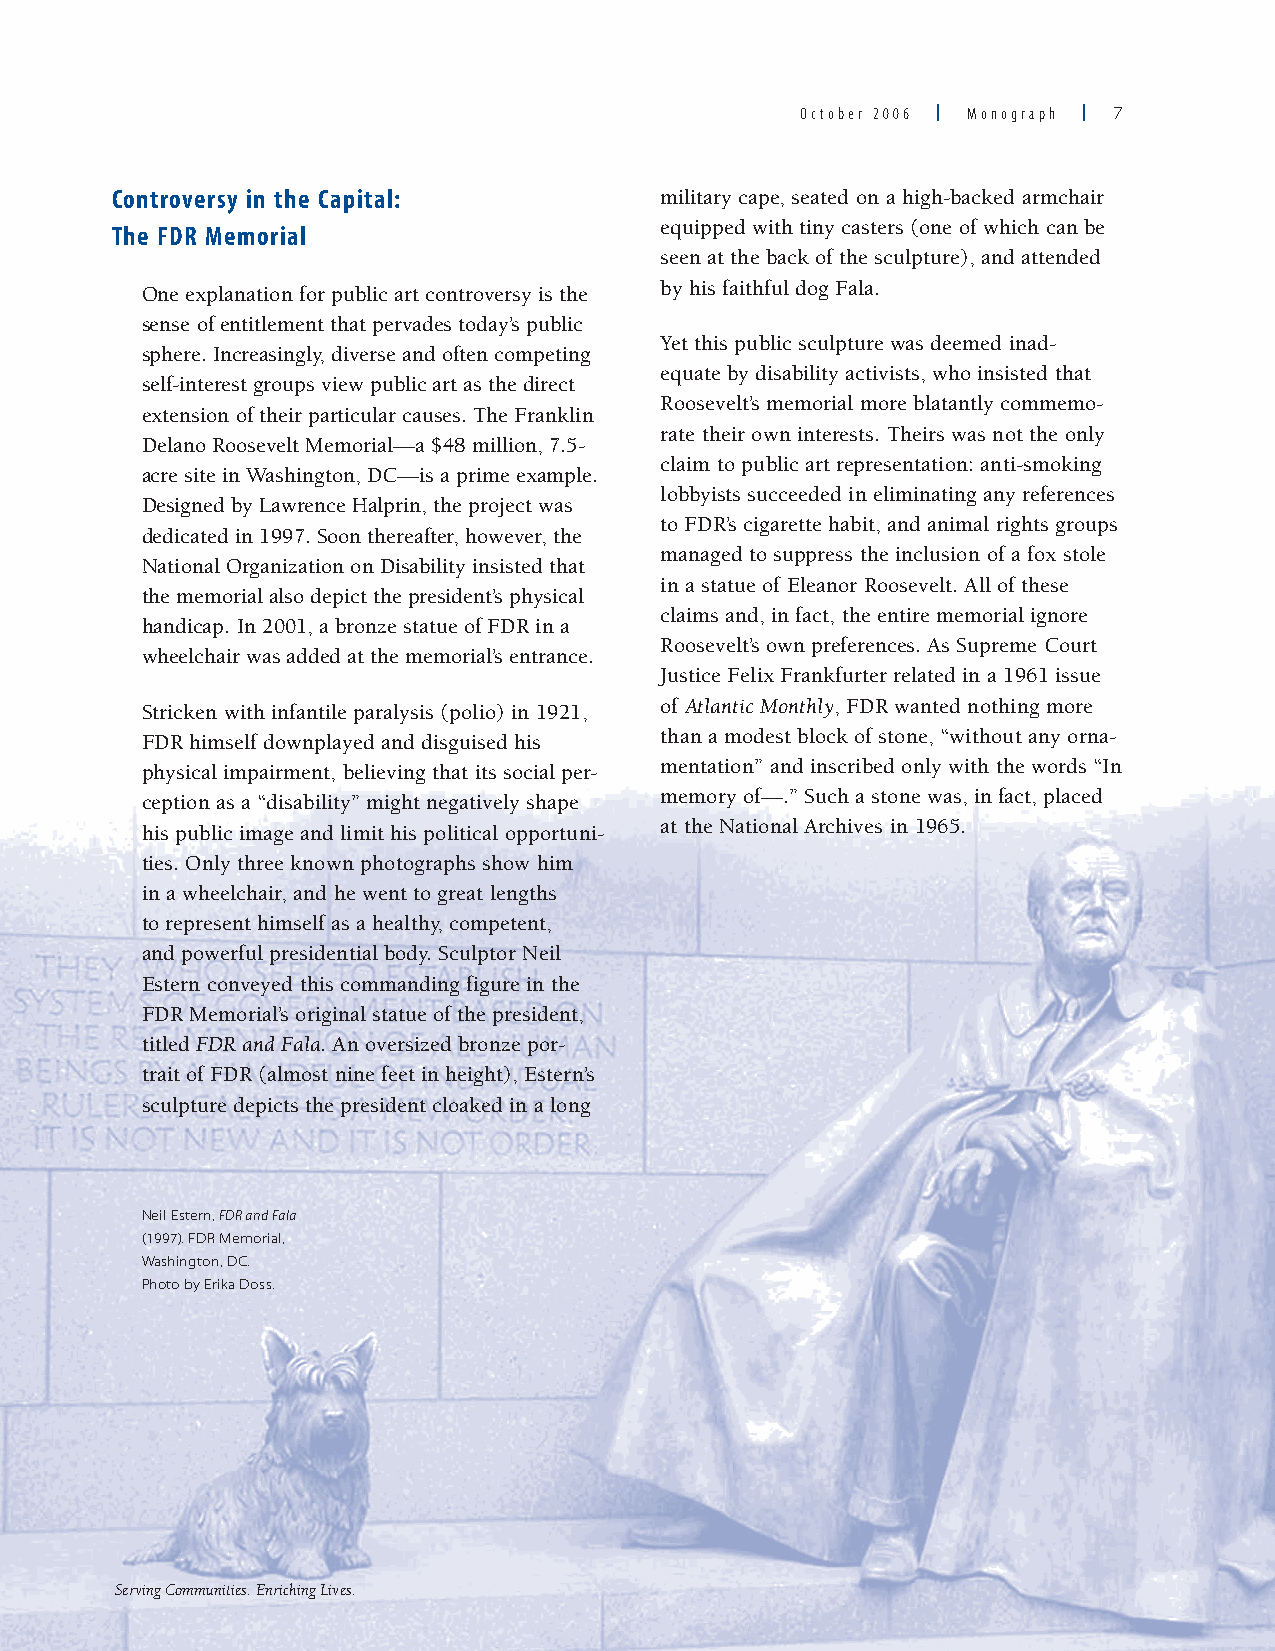
October 2006 | Monograph | 
 Controversy in the Capital:          military cape, seated on a high-backed armchair
 equipped with tiny casters (one of which can be
 The FDR Memorial
 seen at the back of the sculpture), and attended
 One explanation for public art controversy is the by his faithful dog Fala.
 sense of entitlement that pervades today’s public
 Yet this public sculpture was deemed inad-
 sphere. Increasingly, diverse and often competing
 equate by disability activists, who insisted that
 self-interest groups view public art as the direct
 Roosevelt’s memorial more blatantly commemo-
 extension of their particular causes. The Franklin
 rate their own interests. Theirs was not the only
 Delano Roosevelt Memorial—a $48 million, 7.5-
 claim to public art representation: anti-smoking
 acre site in Washington, DC—is a prime example.
 lobbyists succeeded in eliminating any references
 Designed by Lawrence Halprin, the project was
 to FDR’s cigarette habit, and animal rights groups
 dedicated in 1997. Soon thereafter, however, the
 managed to suppress the inclusion of a fox stole
 National Organization on Disability insisted that
 in a statue of Eleanor Roosevelt. All of these
 the memorial also depict the president’s physical
 claims and, in fact, the entire memorial ignore
 handicap. In 2001, a bronze statue of FDR in a
 Roosevelt’s own preferences. As Supreme Court
 wheelchair was added at the memorial’s entrance.
 Justice Felix Frankfurter related in a 1961 issue
 Stricken with infantile paralysis (polio) in 1921, of Atlantic Monthly, FDR wanted nothing more
 FDR himself downplayed and disguised his than a modest block of stone, “without any orna-
 physical impairment, believing that its social per- mentation” and inscribed only with the words “In
 ception as a “disability” might negatively shape memory of—.” Such a stone was, in fact, placed
 his public image and limit his political opportuni- at the National Archives in 1965.
 ties. Only three known photographs show him
 in a wheelchair, and he went to great lengths
 to represent himself as a healthy, competent,
 and powerful presidential body. Sculptor Neil
 Estern conveyed this commanding figure in the
 FDR Memorial’s original statue of the president,
 titled FDR and Fala. An oversized bronze por-
 trait of FDR (almost nine feet in height), Estern’s
 sculpture depicts the president cloaked in a long
 Neil Estern, FDR and Fala
 (199). FDR Memorial,
 Washington, DC.
 Photo by Erika Doss.
 Serving Communities. Enriching Lives.